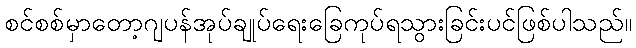
စင်စစ်မှာတော့ဂျပန်အုပ်ချုပ်ရေးခြေကုပ်ရသွားခြင်းပင်ဖြစ်ပါသည်။